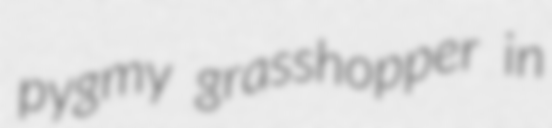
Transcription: pygmy grasshopper in